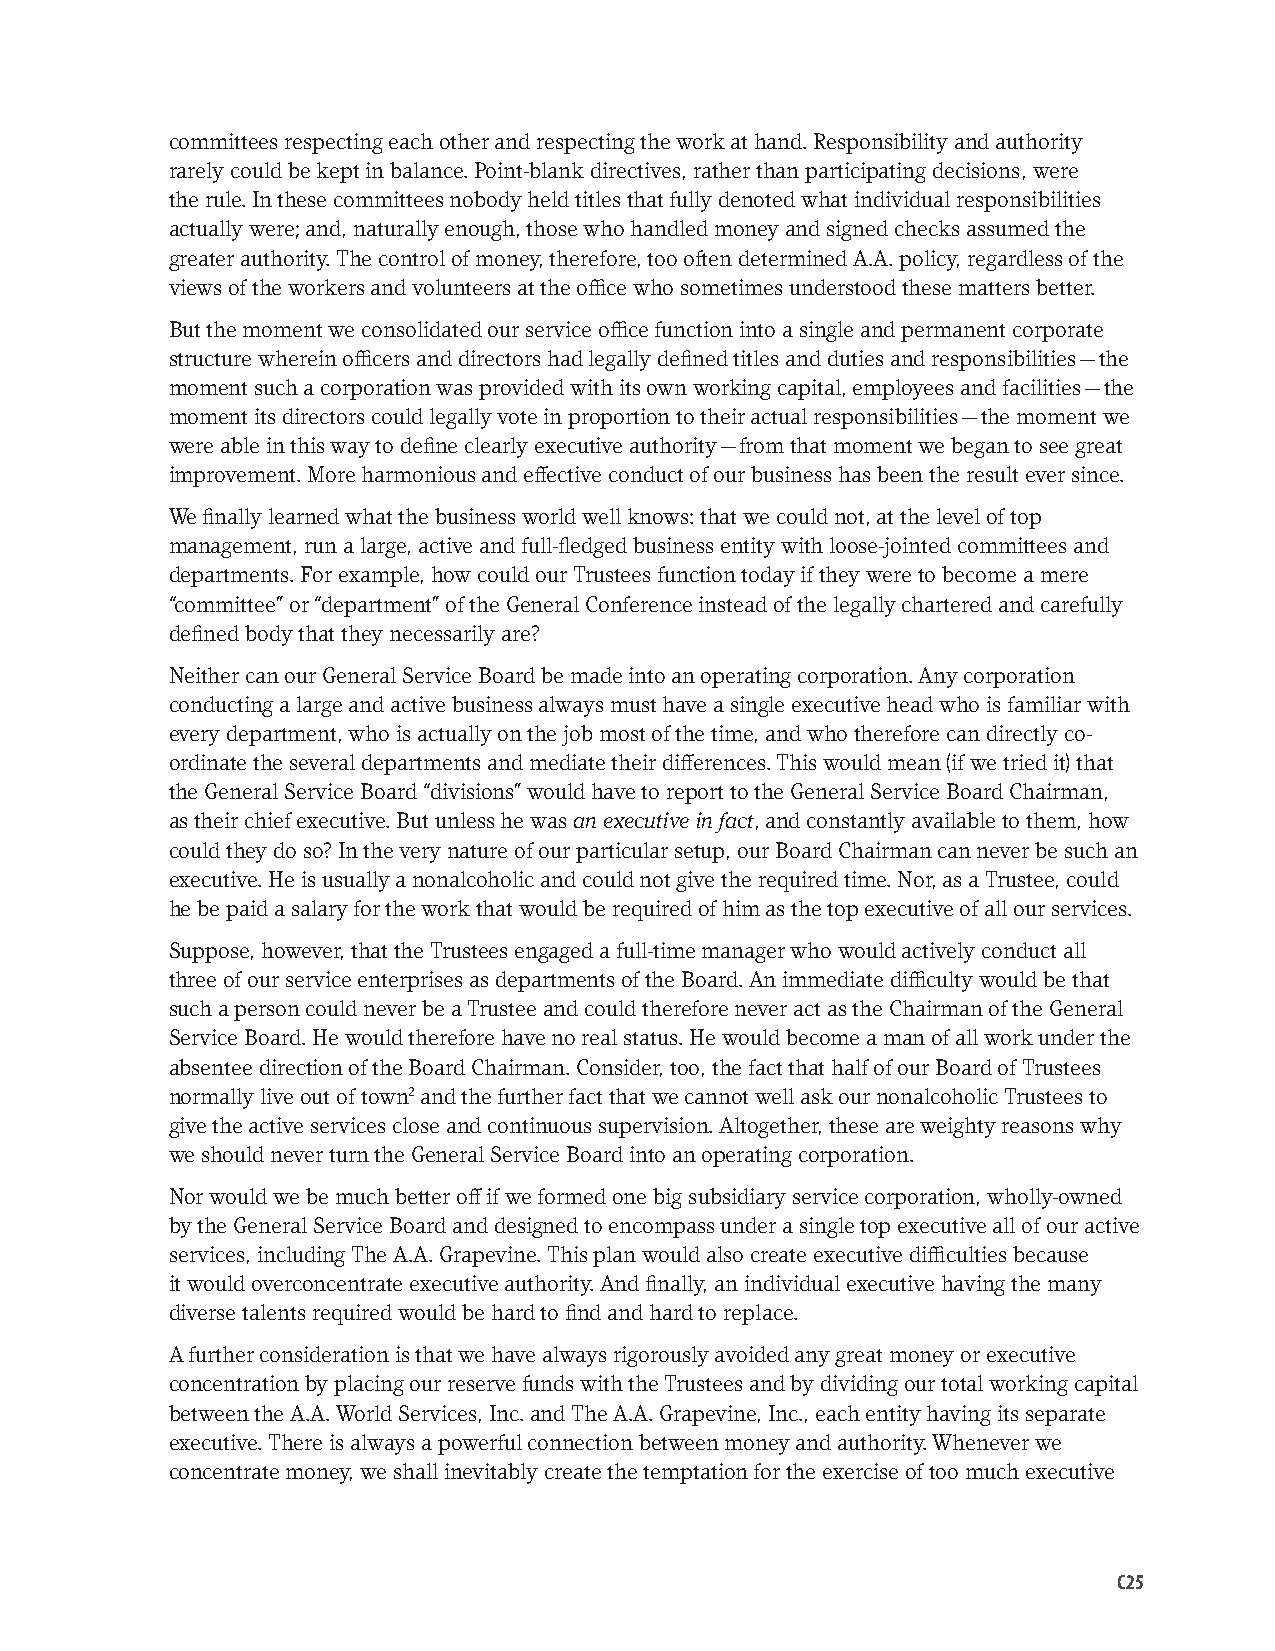
committees respecting each other and respecting the work at hand. Responsibility and authority
 rarely could be kept in balance. Point-blank directives, rather than participating decisions, were
 the rule. In these committees nobody held titles that fully denoted what individual responsibilities
 actually were; and, naturally enough, those who handled money and signed checks assumed the
 greater authority. The control of money, therefore, too often determined A.A. policy, regardless of the
 views of the workers and volunteers at the office who sometimes understood these matters better.
 But the moment we consolidated our service office function into a single and permanent corporate
 structure wherein officers and directors had legally defined titles and duties and responsibilities — the
 moment such a corporation was provided with its own working capital, employees and facilities — the
 moment its directors could legally vote in proportion to their actual responsibilities — the moment we
 were able in this way to define clearly executive authority — from that moment we began to see great
 improvement. More harmonious and effective conduct of our business has been the result ever since.
 We finally learned what the business world well knows: that we could not, at the level of top
 management, run a large, active and full-fledged business entity with loose-jointed committees and
 departments. For example, how could our Trustees function today if they were to become a mere
 “committee” or “department” of the General Conference instead of the legally chartered and carefully
 defined body that they necessarily are?
 Neither can our General Service Board be made into an operating corporation. Any corporation
 conducting a large and active business always must have a single executive head who is familiar with
 every department, who is actually on the job most of the time, and who therefore can directly co-
 ordinate the several departments and mediate their differences. This would mean (if we tried it) that
 the General Service Board “divisions” would have to report to the General Service Board Chairman,
 as their chief executive. But unless he was an executive in fact, and constantly available to them, how
 could they do so? In the very nature of our particular setup, our Board Chairman can never be such an
 executive. He is usually a nonalcoholic and could not give the required time. Nor, as a Trustee, could
 he be paid a salary for the work that would be required of him as the top executive of all our services.
 Suppose, however, that the Trustees engaged a full-time manager who would actively conduct all
 three of our service enterprises as departments of the Board. An immediate difficulty would be that
 such a person could never be a Trustee and could therefore never act as the Chairman of the General
 Service Board. He would therefore have no real status. He would become a man of all work under the
 absentee direction of the Board Chairman. Consider, too, the fact that half of our Board of Trustees
 normally live out of town2 and the further fact that we cannot well ask our nonalcoholic Trustees to
 give the active services close and continuous supervision. Altogether, these are weighty reasons why
 we should never turn the General Service Board into an operating corporation.
 Nor would we be much better off if we formed one big subsidiary service corporation, wholly-owned
 by the General Service Board and designed to encompass under a single top executive all of our active
 services, including The A.A. Grapevine. This plan would also create executive difficulties because
 it would overconcentrate executive authority. And finally, an individual executive having the many
 diverse talents required would be hard to find and hard to replace.
 A further consideration is that we have always rigorously avoided any great money or executive
 concentration by placing our reserve funds with the Trustees and by dividing our total working capital
 between the A.A. World Services, Inc. and The A.A. Grapevine, Inc., each entity having its separate
 executive. There is always a powerful connection between money and authority. Whenever we
 concentrate money, we shall inevitably create the temptation for the exercise of too much executive
 C25